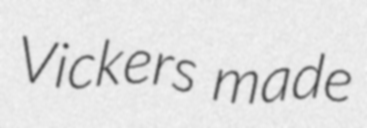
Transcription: Vickers made